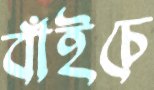
বাঁইচে